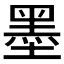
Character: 墨